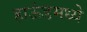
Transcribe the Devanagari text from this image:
हाऊंडमध्ये